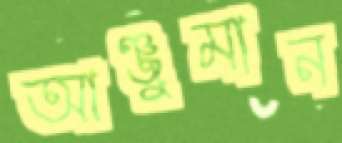
আঞ্জুমান